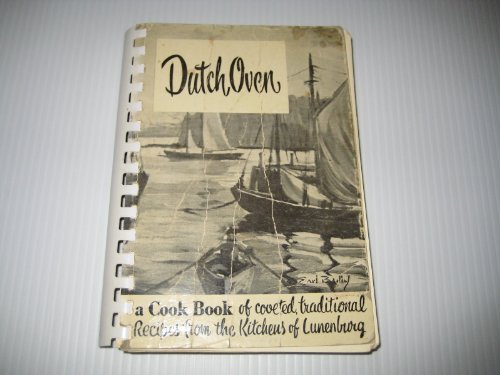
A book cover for Dutch Oven Cookbook: A Cookbook of Coveted Traditional Recipes from the Kitchens of Lunenburg; Lunenburg Hosp Soc Ladies Auxiliary; Cookbooks, Food & Wine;